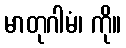
မာတုဂါမံ၊ ကို။